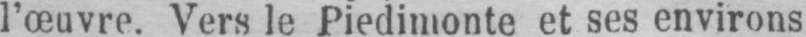
l’œuvre. Vers le Piedimonte et ses environs